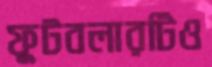
ফুটবলারটিও